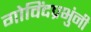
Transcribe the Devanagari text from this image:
गोविंदप्रभुंनी